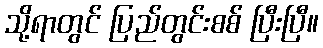
သို့ရာတွင် ပြည်တွင်းစစ် ပြီးပြီ။